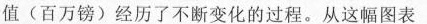
值(百万镑)经历了不断变化的过程。从这幅图表